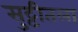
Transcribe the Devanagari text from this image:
सुट्टीतला